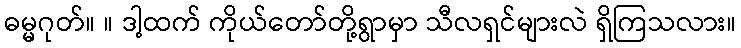
ဓမ္မဂုတ်။ ။ ဒါ့ထက် ကိုယ်တော်တို့ရွာမှာ သီလရှင်များလဲ ရှိကြသလား။